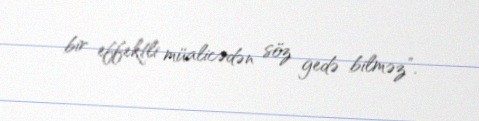
bir effektli müalicədən söz gedə bilməz”.